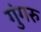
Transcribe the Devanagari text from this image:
गुंगरु